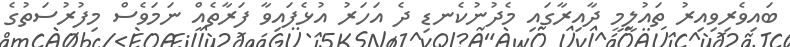
ބައިވެރިވިއިރު ތައުލީމީ ދާއިރާގައި މެދުނުކެނޑި ދެ އަހަރު އުޅެފައިވާ ފަރާތެއް ނަމަވެސް މިފުރުސަތުގެ